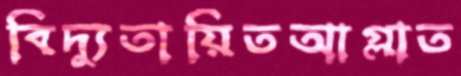
বিদ্যুতায়িতআগ্‌লাত